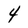
Character: 4